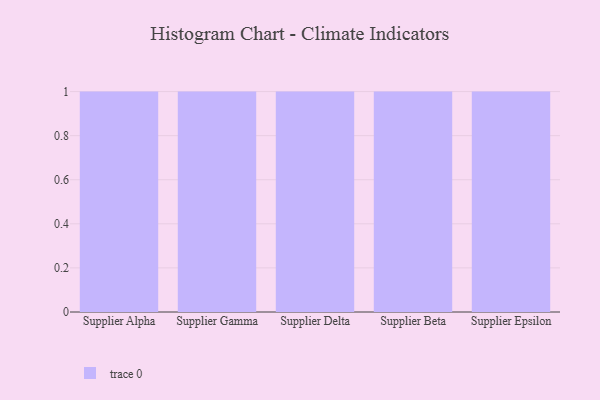
{"axis": {"x": "Supplier", "y": "Page Views"}, "legend": [""], "data": [{"x": "Supplier Alpha", "y": 17, "type": ""}, {"x": "Supplier Gamma", "y": 23, "type": ""}, {"x": "Supplier Delta", "y": 56, "type": ""}, {"x": "Supplier Beta", "y": 86, "type": ""}, {"x": "Supplier Epsilon", "y": 24, "type": ""}]}